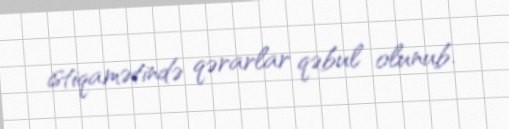
istiqamətində qərarlar qəbul olunub.